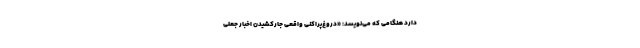
دارد هنگامی که می‌‌نویسد: «دروغ‌پراکنیِ واقعی جارکشیدن اخبار جعلی